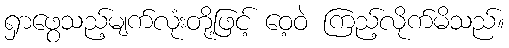
ရှာဖွေသည့်မျက်လုံးတို့ဖြင့် ဝေ့ဝဲ ကြည့်လိုက်မိသည်။